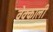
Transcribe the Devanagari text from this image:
वेक्काली